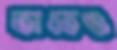
তাতেও